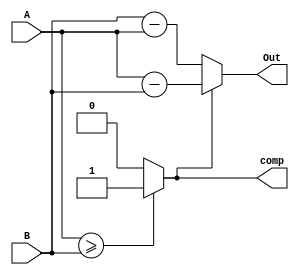

module SubtractionStage(

   A,B,
    Out,
	 comp
    );  
input [7:0] A,B;
output [7:0] Out;
output comp;
	 
wire [7:0]d;
wire [7:0]d1;

assign comp =  (A>= B)? 1'b1 : 1'b0;
assign Out = (comp == 1)?  A-B: B-A ;
//Subtractor8Bit S(A,B,d,b);
//Complement2s8bit C(d, d1);
//assign Out=(b == 1'b1)?d1:d;
endmodule